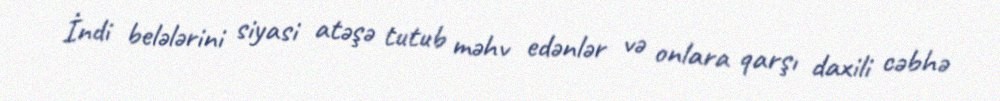
İndi belələrini siyasi atəşə tutub məhv edənlər və onlara qarşı daxili cəbhə